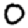
Digit: 0